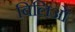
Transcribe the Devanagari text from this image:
बिलिओं